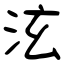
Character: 泫